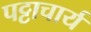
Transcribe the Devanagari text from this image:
पट्टाचार्य